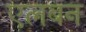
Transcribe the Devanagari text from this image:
एलबन